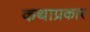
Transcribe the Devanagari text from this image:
कथाप्रकार